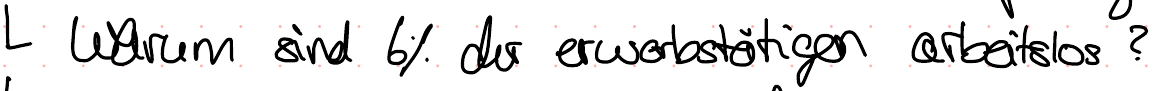
Warum sind 6% der erwerbstätigen arbeitslos?